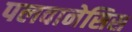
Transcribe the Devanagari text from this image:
पलवानेसिस